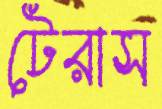
টেরাস